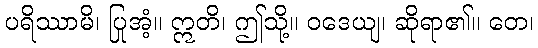
ပရိဿာမိ၊ ပြုအံ့။ ဣတိ၊ ဤသို့။ ဝဒေယျ၊ ဆိုရာ၏။ တေ၊